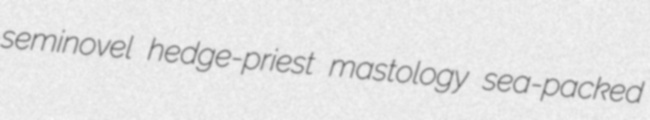
seminovel hedge-priest mastology sea-packed